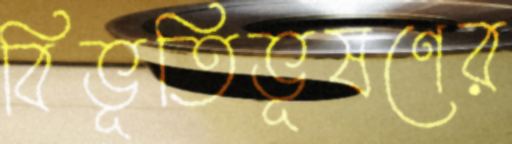
বিভূতিভূষণের